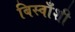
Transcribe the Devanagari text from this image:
बिस्वाँशी